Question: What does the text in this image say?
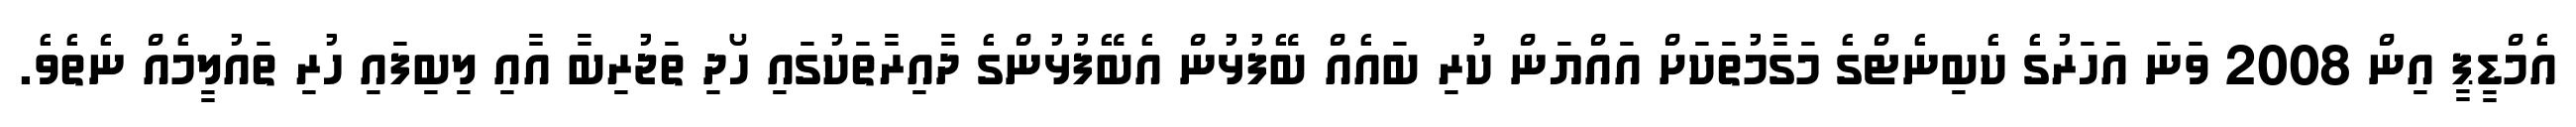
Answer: އެމްޑީޕީ އިން 2008 ވަނަ އަހަރުގެ ކެބިނެޓްގެ މަގާމުތަކަށް އައްޔަން ކުރި ބައެއް ބޭފުޅުން އެބޭފުޅުންގެ ދާއިރާތަކުގައި ހޯދި ތަޖުރިބާ އާއި ލިބިފައި ހުރި ތައުލީމެއް ނެތެވެ.